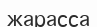
жарасса